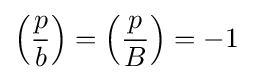
\left({\frac {p}{b}}\right)=\left({\frac {p}{B}}\right)=-1